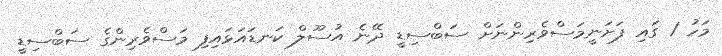
މަހު 1 ގައި ފަށަނީމަސްވެރިންނަށް ސަބްސިޑީ ދޭނެ އުސޫލް ކަނޑައަޅައިފި މަސްވެރިންގެ ސަބްސިޑީ